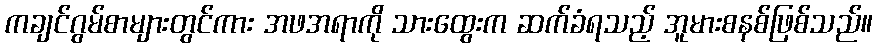
ကချင်ဂွမ်စာများတွင်ကား အဖအရာကို သားထွေးက ဆက်ခံရသည့် အူမားစနစ်ဖြစ်သည်။